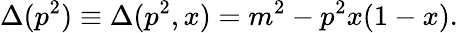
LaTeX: \Delta(p^{2})\equiv\Delta(p^{2},x)=m^{2}-p^{2}x(1-x).